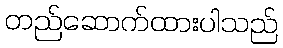
တည်ဆောက်ထားပါသည်